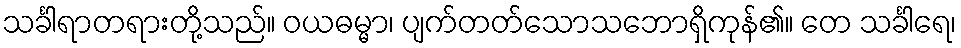
သင်္ခါရာတရားတို့သည်။ ဝယဓမ္မာ၊ ပျက်တတ်သောသဘောရှိကုန်၏။ တေ သင်္ခါရေ၊